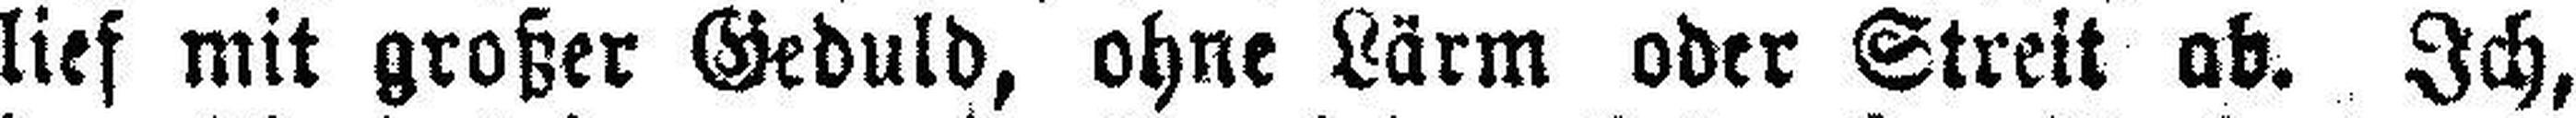
lief mit großer Geduld, ohne Lärm oder Streit ab. Ich,